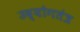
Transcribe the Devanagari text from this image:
उद्योगतंत्र